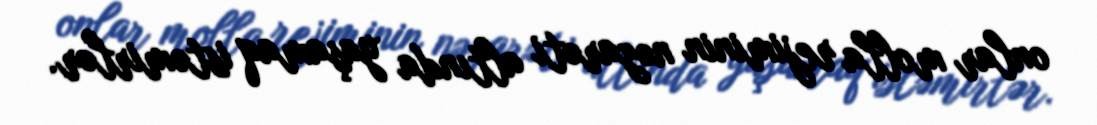
onlar molla rejiminin nəzarəti altında yaşamaq istəmirlər.